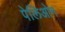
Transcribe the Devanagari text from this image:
पेलिओन